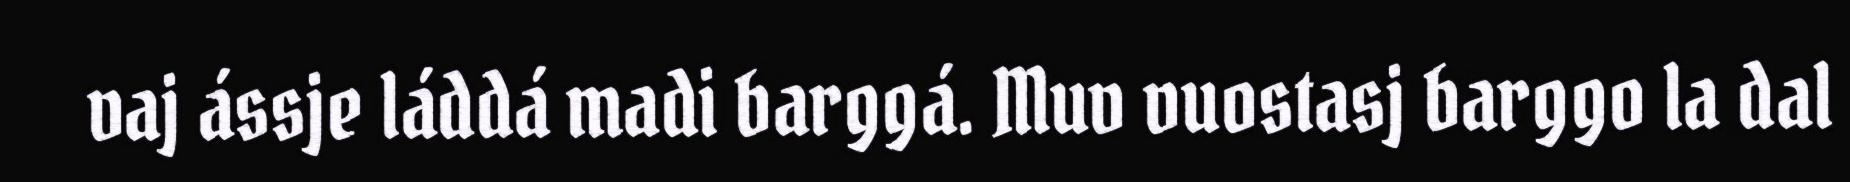
vaj ássje láddá madi barggá. Muv vuostasj barggo la dal